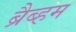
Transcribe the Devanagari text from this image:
ब्रैब्हम